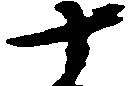
十